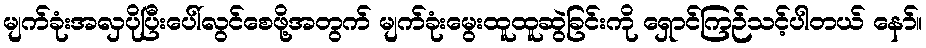
မျက်ခုံးအလှပိုပြီးပေါ်လွင်စေဖို့အတွက် မျက်ခုံးမွေးထူထူဆွဲခြင်းကို ရှောင်ကြဉ်သင့်ပါတယ် နော်။